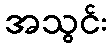
အသွင်း